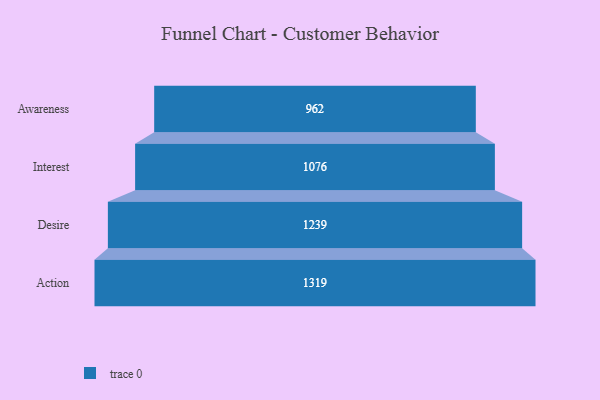
{"axis": {"x": "Stage", "y": "Value"}, "legend": [""], "data": [{"x": "Awareness", "y": 962.0, "type": ""}, {"x": "Interest", "y": 1076.0, "type": ""}, {"x": "Desire", "y": 1239.0, "type": ""}, {"x": "Action", "y": 1319.0, "type": ""}]}